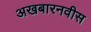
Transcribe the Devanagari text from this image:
अखबारनवीस